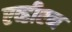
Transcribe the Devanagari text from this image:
एव्हीएन